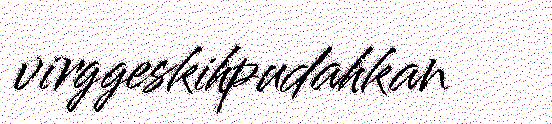
virggeskihpudahkan